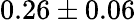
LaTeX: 0.26\pm 0.06